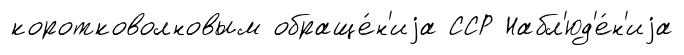
коротковолновым обраще́н'иjа ССР Набл'юд'е́н'иjа